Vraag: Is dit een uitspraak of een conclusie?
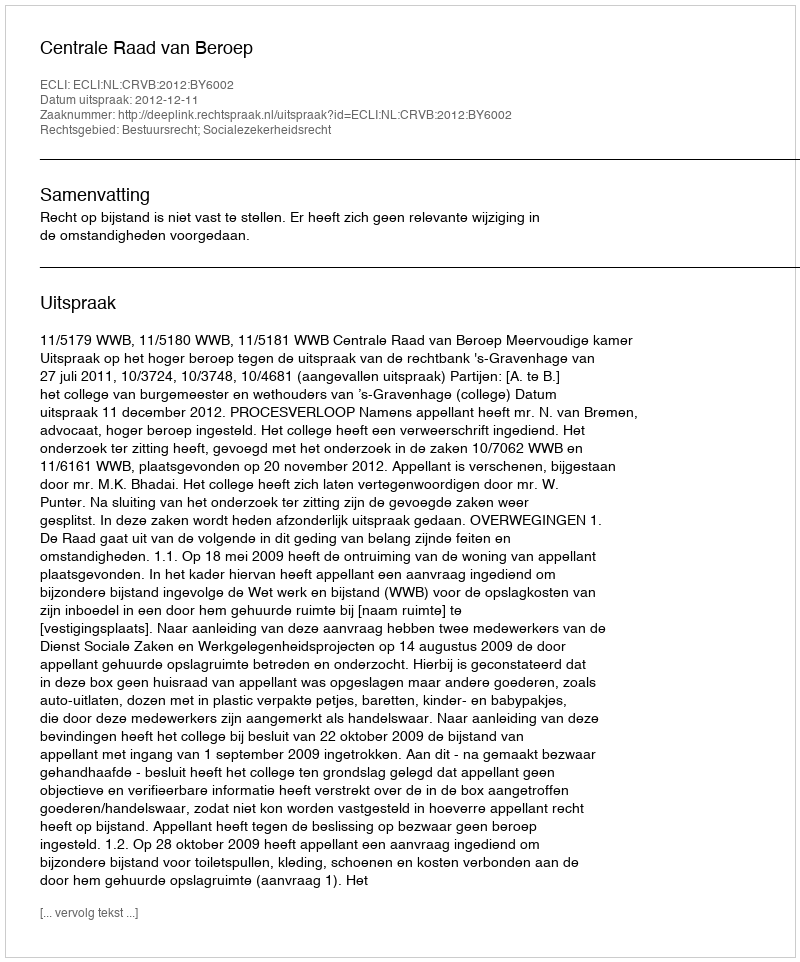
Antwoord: Uitspraak